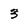
Character: 3